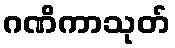
ဂဏိကာသုတ်